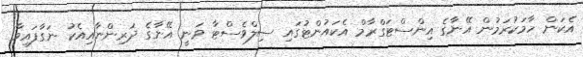
އެކަން ހާމަކުރަމުން އޭނާގެ އިންސްޓަގްރާމް އެކައުންޓުގައި ސިލްވެސްޓާ ވަނީ އޭނާގެ ދަރިންނާއިއެކު ނަގާފައިވާ